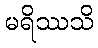
မရိဿသိ